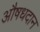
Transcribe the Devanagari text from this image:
औषधदान